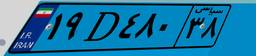
۱۶D۶۵۷۹۲